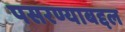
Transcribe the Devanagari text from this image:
पसरण्याबद्दल